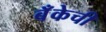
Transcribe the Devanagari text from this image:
बॅँकेची